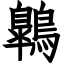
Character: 鷱